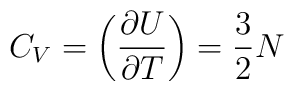
C_V = \biggl( { \partial U \over \partial T } \biggr) = { 3 \over 2 }N